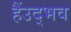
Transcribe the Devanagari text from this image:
हैंउद्भव